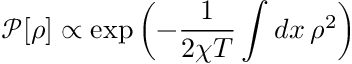
\mathcal P [ \rho ] \propto \exp \left( - \frac 1 { 2 \chi T } \int d x \, \rho ^ { 2 } \right)